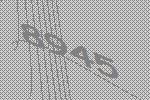
8945